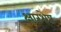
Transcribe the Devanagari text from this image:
क्षारश्रेष्ठ